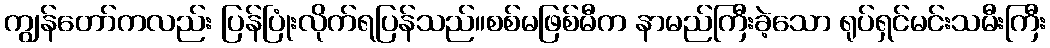
ကျွန်တော်ကလည်း ပြန်ပြုံးလိုက်ရပြန်သည်။စစ်မဖြစ်မီက နာမည်ကြီးခဲ့သော ရုပ်ရှင်မင်းသမီးကြီး